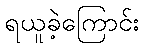
ရယူခဲ့ကြောင်း